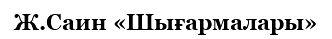
Ж.Саин «Шығармалары»